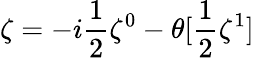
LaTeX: \zeta=-i\frac{1}{2}\zeta^{0}-\theta[\frac{1}{2}\zeta^{1}]